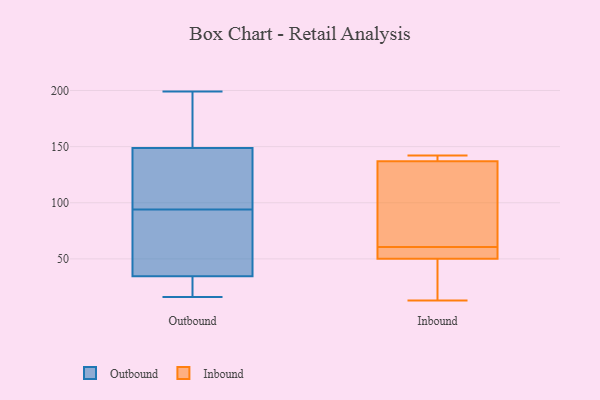
{"axis": {"x": "Revenue (USD Million)", "y": "Value"}, "legend": ["Inbound", "Outbound"], "data": [{"x": "", "y": 94, "type": "Outbound"}, {"x": "", "y": 199, "type": "Outbound"}, {"x": "", "y": 95, "type": "Outbound"}, {"x": "", "y": 17, "type": "Outbound"}, {"x": "", "y": 50, "type": "Outbound"}, {"x": "", "y": 123, "type": "Outbound"}, {"x": "", "y": 16, "type": "Outbound"}, {"x": "", "y": 151, "type": "Outbound"}, {"x": "", "y": 39, "type": "Outbound"}, {"x": "", "y": 148, "type": "Outbound"}, {"x": "", "y": 194, "type": "Outbound"}, {"x": "", "y": 37, "type": "Outbound"}, {"x": "", "y": 27, "type": "Outbound"}, {"x": "", "y": 103, "type": "Inbound"}, {"x": "", "y": 37, "type": "Inbound"}, {"x": "", "y": 38, "type": "Inbound"}, {"x": "", "y": 142, "type": "Inbound"}, {"x": "", "y": 137, "type": "Inbound"}, {"x": "", "y": 140, "type": "Inbound"}, {"x": "", "y": 55, "type": "Inbound"}, {"x": "", "y": 50, "type": "Inbound"}, {"x": "", "y": 60, "type": "Inbound"}, {"x": "", "y": 115, "type": "Inbound"}, {"x": "", "y": 13, "type": "Inbound"}, {"x": "", "y": 57, "type": "Inbound"}, {"x": "", "y": 142, "type": "Inbound"}, {"x": "", "y": 61, "type": "Inbound"}]}